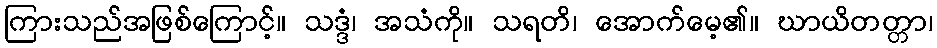
ကြားသည်အဖြစ်ကြောင့်။ သဒ္ဒံ၊ အသံကို။ သရတိ၊ အောက်မေ့၏။ ဃာယိတတ္တာ၊